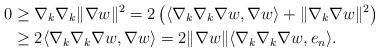
LaTeX: \begin{align*}0 &\geq \nabla_k\nabla_k \|\nabla w\|^2=2\left(\langle \nabla_k\nabla_k\nabla w,\nabla w\rangle + \|\nabla_k\nabla w\|^2\right)\\&\geq 2\langle \nabla_k\nabla_k\nabla w,\nabla w\rangle =2\|\nabla w\| \langle \nabla_k\nabla_k\nabla w,e_n\rangle.\end{align*}